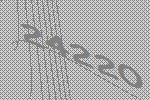
24220